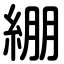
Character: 綳